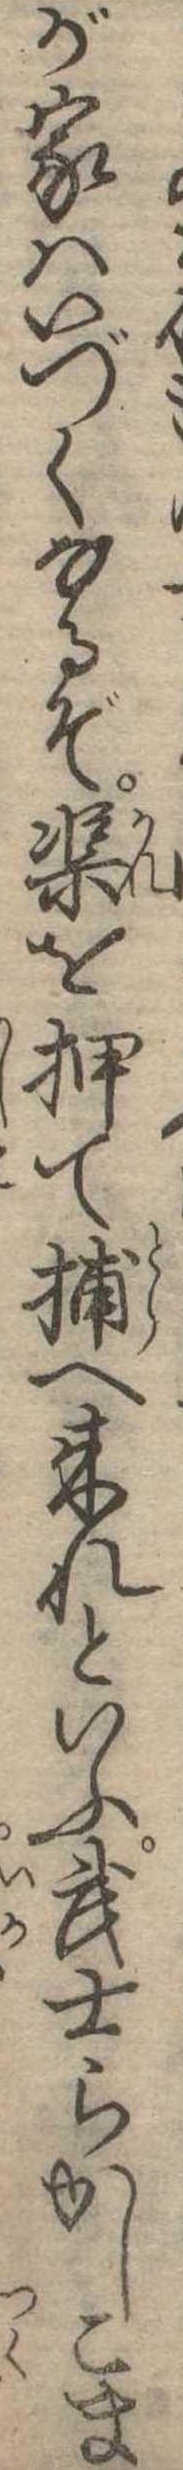
が家はいづくなるぞ渠を押て捕へ来れといふ武士らかしこま